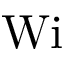
\mathrm { W i }